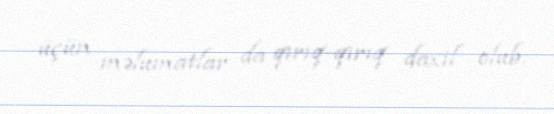
üçün məlumatlar da qırıq-qırıq daxil olub.